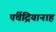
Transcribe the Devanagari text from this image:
पंचेंद्रियानाह